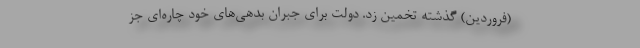
(فروردین) گذشته تخمین زد. دولت برای جبران بدهی‌های خود چاره‌ای جز